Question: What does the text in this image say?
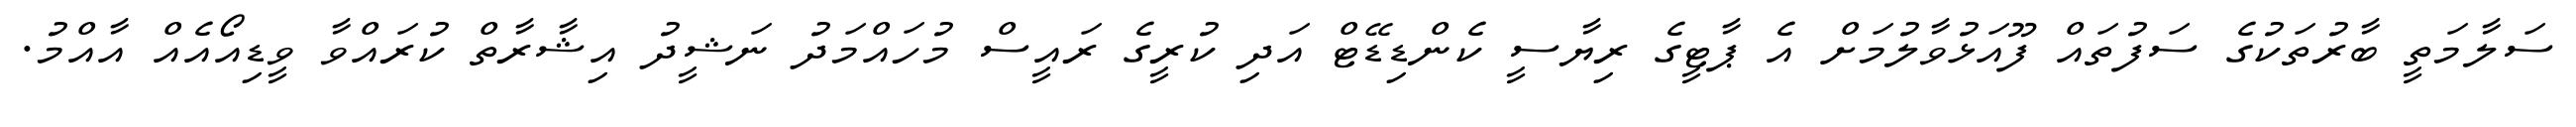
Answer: ސަލާމަތީ ބާރުތަކުގެ ސަފުތައް ފޫއަޅުވާލުމަށް އެ ޕާޓީގެ ރިޔާސީ ކެންޑިޑޭޓް އަދި ކުރީގެ ރައީސް މުހައްމަދު ނަޝީދު އިޝާރާތް ކުރައްވާ ވީޑިއޯއެއް އާއްމު.